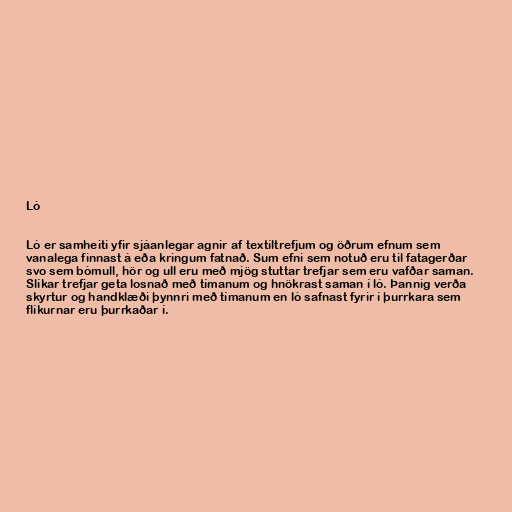
Ló

Ló er samheiti yfir sjáanlegar agnir af textíltrefjum og öðrum efnum sem
vanalega finnast á eða kringum fatnað. Sum efni sem notuð eru til fatagerðar
svo sem bómull, hör og ull eru með mjög stuttar trefjar sem eru vafðar saman.
Slíkar trefjar geta losnað með tímanum og hnökrast saman í ló. Þannig verða
skyrtur og handklæði þynnri með tímanum en ló safnast fyrir í þurrkara sem
flíkurnar eru þurrkaðar í.